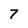
Character: 7